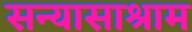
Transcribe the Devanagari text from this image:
सन्यासाश्राम